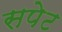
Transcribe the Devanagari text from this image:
सपेट